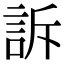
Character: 訴